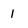
Character: 1